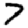
Digit: 7